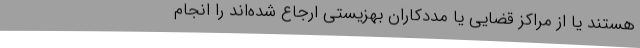
هستند یا از مراکز قضایی یا مددکاران بهزیستی ارجاع شده‌اند را انجام